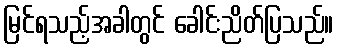
မြင်ရသည့်အခါတွင် ခေါင်းညိတ်ပြသည်။